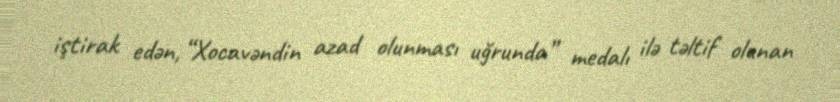
iştirak edən, “Xocavəndin azad olunması uğrunda” medalı ilə təltif olunan